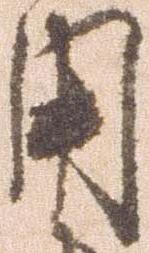
用